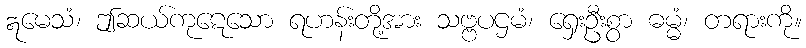
ဣမေသံ၊ ဤဆယ်ကုဋေသော ရဟန်းတို့အား သဗ္ဗပဌမံ၊ ရှေးဦးစွာ ဓမ္မံ၊ တရားကို။